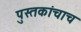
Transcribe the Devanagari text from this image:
पुस्तकांचाच